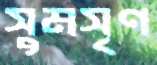
সুমসৃণ